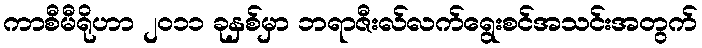
ကာစီမီရိုဟာ ၂၀၁၁ ခုနှစ်မှာ ဘရာဇီးလ်လက်ရွေးစင်အသင်းအတွက်